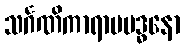
သင်္ဂဏိကာရာမဗဒ္ဓနော